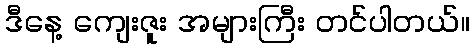
ဒီနေ့ ကျေးဇူး အများကြီး တင်ပါတယ်။